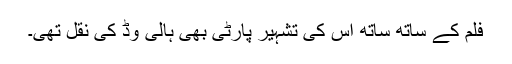
فلم کے ساتھ ساتھ اس کی تشہیر پارٹی بھی ہالی وڈ کی نقل تھی۔